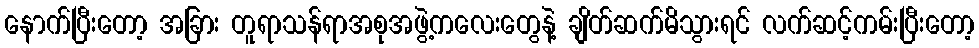
နောက်ပြီးတော့ အခြား တူရာသန်ရာအစုအဖွဲ့ကလေးတွေနဲ့ ချိတ်ဆက်မိသွားရင် လက်ဆင့်ကမ်းပြီးတော့